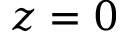
z = 0